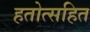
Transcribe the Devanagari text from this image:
हतोत्सहित